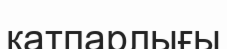
қатпарлығы